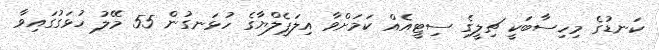
ކަނޑުގެ މިހިސާބަކީ ޗިލީގެ ސިޓީއެއް ކަމަށްވާ އިލަޕެލްޔާގެ ހުޅަނގުން 55 މޭލު ހުޅަގުގައިވާ